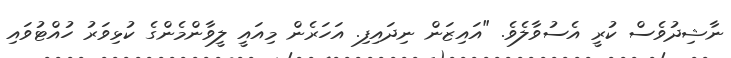
ނާޝިދުވެސް ކުރީ އެސުވާލެވެ. "އައިޒަން ނިދައިފި. އަހަރެން މިއައީ ލީވާންމެންގެ ކުޅިވަރު ހުއްޓުވައި